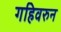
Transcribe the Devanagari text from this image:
गहिवरुन